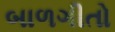
બાળગીતો